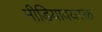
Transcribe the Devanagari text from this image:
मीडियावयस्क